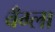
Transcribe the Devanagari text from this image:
बँग्ला